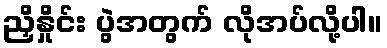
ညှိနှိုင်း ပွဲအတွက် လိုအပ်လို့ပါ။